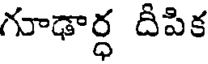
గూఢార్ధ దీపిక